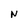
Character: N